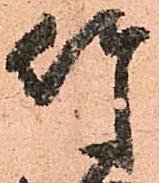
竹